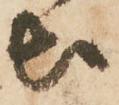
出